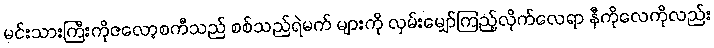
မင်းသားကြီးကိုဇလော့စကီသည် စစ်သည်ရဲမက် များကို လှမ်းမျှော်ကြည့်လိုက်လေရာ နီကိုလေကိုလည်း